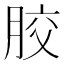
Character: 胶